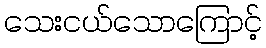
သေးငယ်သောကြောင့်